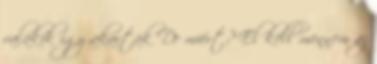
valakik így akarták De miért? El kell mennem az